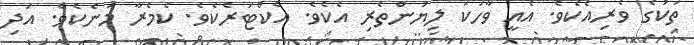
ތަކުގެ ވެރިއެކެވެ. އެއީ ވާހަކަ ލިޔުންތެރި އެކެވެ. އެކްޓަރެކެވެ. ކެމެރާ މަނެކެވެ. އަދި